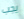
يجب